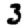
Digit: 3